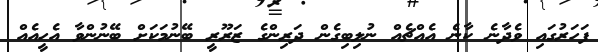
ފަހަރުގައި ވެދާނެ ކާނެ އެއްޗެއް ނުލިބިގެން ދަރިންގެ ޒަރޫރީ ބޭނުމަކަށް ބޭނުންވާ އެހީއެއް